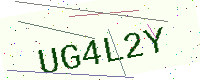
Text: UG4L2Y